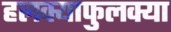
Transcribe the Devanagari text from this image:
हलक्याफुलक्या